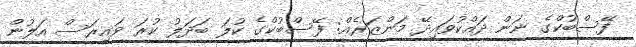
ފޭސްބުކްގެ ނަން ދައްކުވައިދޭ މަންޒަރެއް: ފޭސްބުކްގެ ކުލަ ބަދަލު ކުރަ ވައިރަސް އަލުން